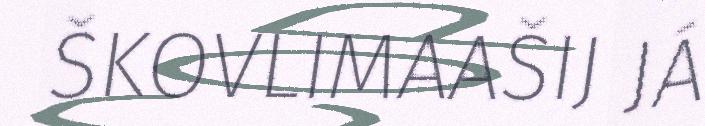
ŠKOVLIMAAŠIJ JÁ